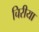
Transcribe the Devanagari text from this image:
चिरीया